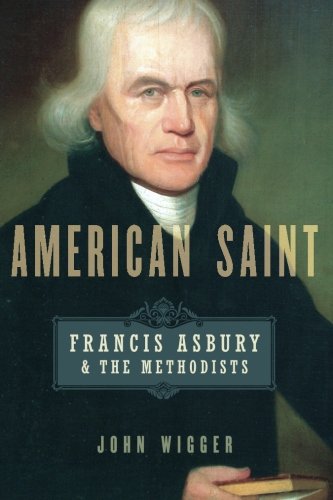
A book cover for American Saint: Francis Asbury and the Methodists; John Wigger; Christian Books & Bibles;